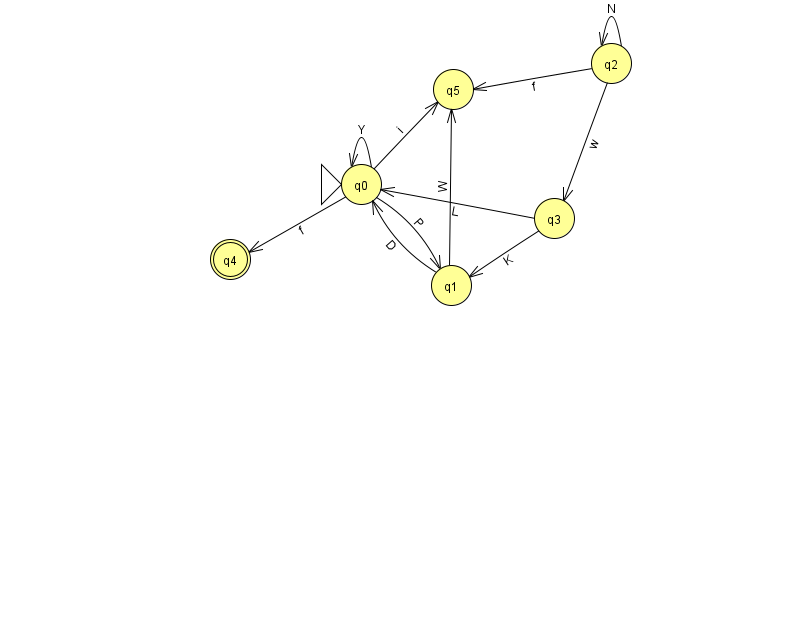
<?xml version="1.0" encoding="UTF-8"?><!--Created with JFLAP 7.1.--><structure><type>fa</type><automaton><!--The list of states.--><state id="0" name="q0"><x>361.0</x><y>171.0</y><initial/></state><state id="1" name="q1"><x>451.0</x><y>272.0</y></state><state id="2" name="q2"><x>611.0</x><y>50.0</y></state><state id="3" name="q3"><x>554.0</x><y>205.0</y></state><state id="4" name="q4"><x>230.0</x><y>246.0</y><final/></state><state id="5" name="q5"><x>453.0</x><y>76.0</y></state><!--The list of transitions.--><transition><from>1</from><to>0</to><read>D</read></transition><transition><from>2</from><to>3</to><read>w</read></transition><transition><from>2</from><to>5</to><read>f</read></transition><transition><from>1</from><to>5</to><read>W</read></transition><transition><from>0</from><to>1</to><read>P</read></transition><transition><from>0</from><to>0</to><read>Y</read></transition><transition><from>0</from><to>4</to><read>f</read></transition><transition><from>0</from><to>5</to><read>i</read></transition><transition><from>3</from><to>1</to><read>K</read></transition><transition><from>2</from><to>2</to><read>N</read></transition><transition><from>3</from><to>0</to><read>L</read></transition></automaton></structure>